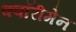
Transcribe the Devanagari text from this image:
क्वॉरीमेन